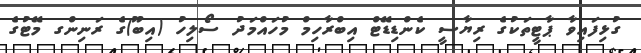
ގުޅިފައިވާ ޕާޓީތަކުގެ ރިޔާސީ ކެންޑިޑޭޓް އިބްރާހިމް މުހައްމަދު ސޯލިހު (އިބޫ)ގެ ރަނިންގ މޭޓުގެ